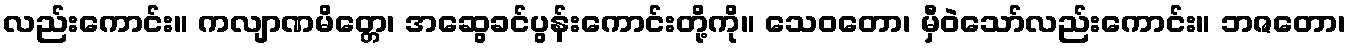
လည်းကောင်း။ ကလျာဏမိတ္တေ၊ အဆွေခင်ပွန်းကောင်းတို့ကို။ သေဝတော၊ မှီဝဲသော်လည်းကောင်း။ ဘဇတော၊